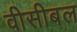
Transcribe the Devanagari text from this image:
वीसीबल